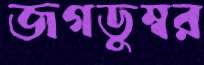
জগডুম্বর